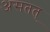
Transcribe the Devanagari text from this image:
असतत्